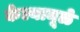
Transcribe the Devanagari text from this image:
केल्यामूळे